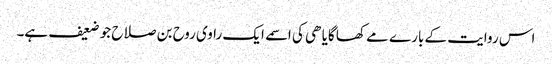
اس روایت کے بارے مے کھا گایا ھی کی اسمے ایک راوی روح بن صلاح جو ضعیف ہے۔